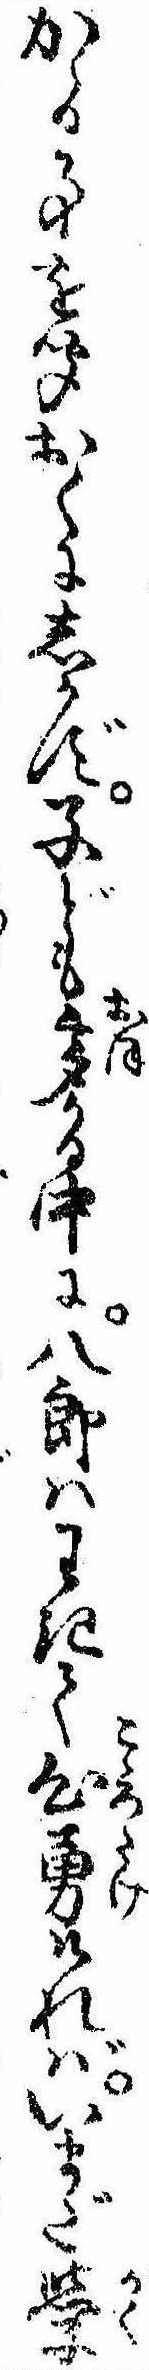
かゝる事を聞おくにしかず子ども多かる中に八郎はわきて心勇ければいまだ学